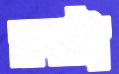
নখটা